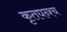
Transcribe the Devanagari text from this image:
कृतघन्श्च